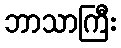
ဘာသာကြီး